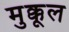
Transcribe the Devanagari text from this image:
मुक्कूल